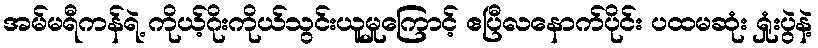
အမ်မရီကန်ရဲ့ ကိုယ့်ဂိုးကိုယ်သွင်းယူမှုကြောင့် ဧပြီလနောက်ပိုင်း ပထမဆုံး ရှုံးပွဲနဲ့